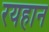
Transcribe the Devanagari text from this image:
रयहान